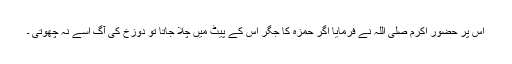
اس پر حضور اکرم صلی اللہ نے فرمایا اگر حمزہ کا جگر اس کے پیٹ میں چلا جاتا تو دوزخ کی آگ اسے نہ چھوتی ۔